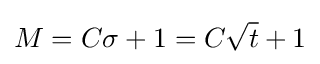
M=C\sigma +1=C{\sqrt {t}}+1